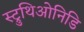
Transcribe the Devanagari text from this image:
स्ट्रुथिओनिडि